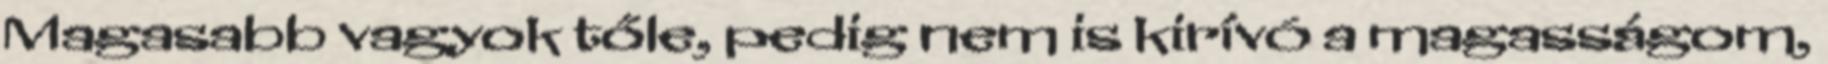
Magasabb vagyok tőle, pedig nem is kirívó a magasságom,